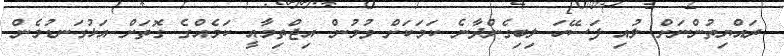
ރައްޔިތުންނަށް ލުއި ފަސޭހަ ލިބިގެންދާނެ ކަމަކަށް ވުމުން އިޖްތިމާއީ ކަމެއްގެ ގޮތަށް އަޅުގަނޑުމެން